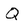
Character: Q